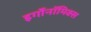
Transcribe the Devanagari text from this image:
इर्गोनॉमिक्स